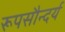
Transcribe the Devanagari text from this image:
रूपसौन्दर्य